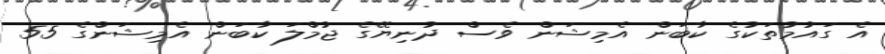
އެ ގައުމުތަކުގެ ކާބަން އެމިޝަން ވެސް ދުނިޔޭގެ ޖުމްލަ ކާބަން އެމިޝަންގެ 55